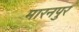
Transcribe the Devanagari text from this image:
मारनपुर